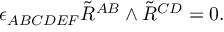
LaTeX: \epsilon _ { A B C D E F } \tilde { R } ^ { A B } \wedge \tilde { R } ^ { C D } = 0 .